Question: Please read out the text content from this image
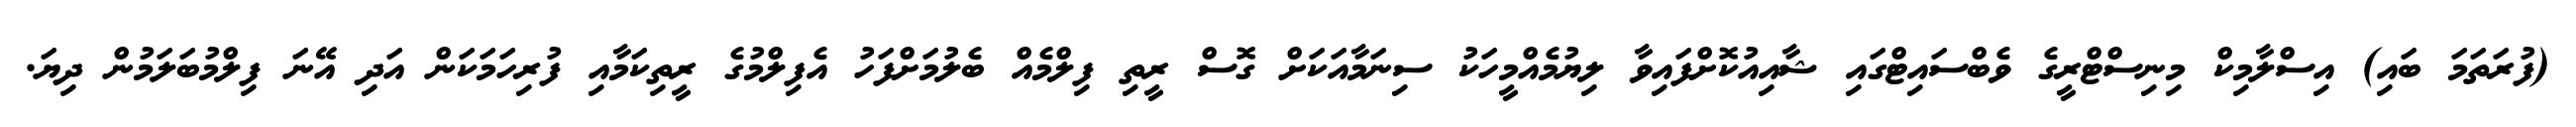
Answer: (ފުރަތަމަ ބައި) އިސްލާމިކް މިނިސްޓްރީގެ ވެބްސައިޓްގައި ޝާއިއުކޮށްފައިވާ ލިޔުމެއްމީހަކު ސިނަމާއަކަށް ގޮސް ރީތި ފިލްމެއް ބެލުމަށްފަހު އެފިލްމުގެ ރީތިކަމާއި ފުރިހަމަކަން އަދި އޭނަ ފިލްމުބަލަމުން ދިޔަ.